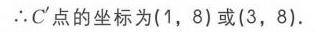
\(\therefore C'\)点的坐标为\((1,8)\)或\((3,8)\).